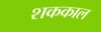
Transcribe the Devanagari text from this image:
शककाल